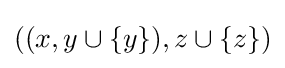
((x,y\cup \{y\}),z\cup \{z\})